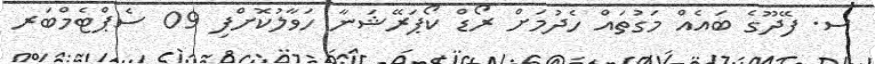
ސ. ފޭދޫގެ ބައެއް މަގުތައް ހެދުމަށް ރޯޑް ކޯޕަރޭޝަނާ ހަވާލުކޮށްފި 09 ސެޕްޓެމްބަރ